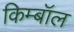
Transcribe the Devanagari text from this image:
किम्बॉल